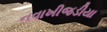
નવાખીજડીયા